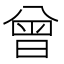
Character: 曾